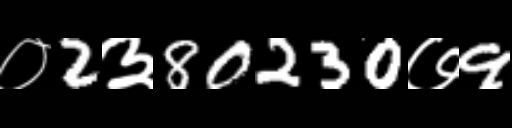
Text: ०2३80230७9